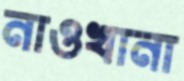
নাওখানা